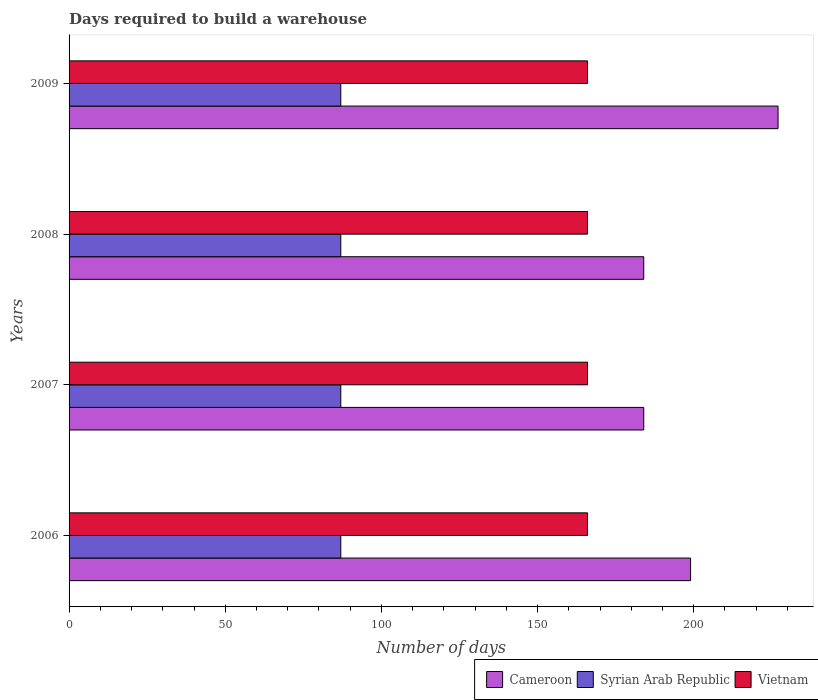
| Years | Cameroon | Syrian Arab Republic | Vietnam |
 | --- | --- | --- | --- |
 | 2006 | 199 | 87 | 166 |
 | 2007 | 184 | 87 | 166 |
 | 2008 | 184 | 87 | 166 |
 | 2009 | 227 | 87 | 166 |